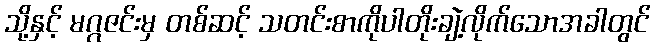
သို့နှင့် မဂ္ဂဇင်းမှ တစ်ဆင့် သတင်းစာကိုပါတိုးချဲ့လိုက်သောအခါတွင်